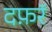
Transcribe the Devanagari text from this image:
दफ़रॅ